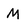
Character: m